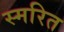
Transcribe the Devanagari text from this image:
स्मरित